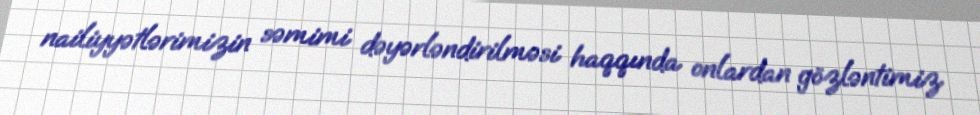
nailiyyətlərimizin səmimi dəyərləndirilməsi haqqında onlardan gözləntimiz